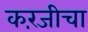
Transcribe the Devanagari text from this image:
करंजीचा